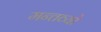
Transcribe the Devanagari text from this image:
मन्तव्यो